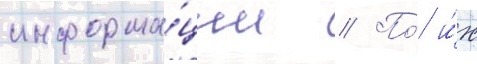
информа́ции // По́ и́х